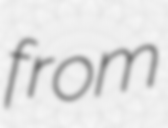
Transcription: from